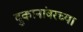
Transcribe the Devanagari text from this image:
दुकानांवरच्या